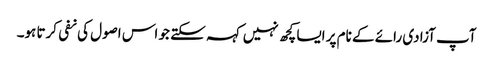
آپ آزادی رائے کے نام پر ایسا کچھ نہیں کہہ سکتے جو اس اصول کی نفی کرتا ہو۔